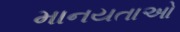
માનયતાઓ